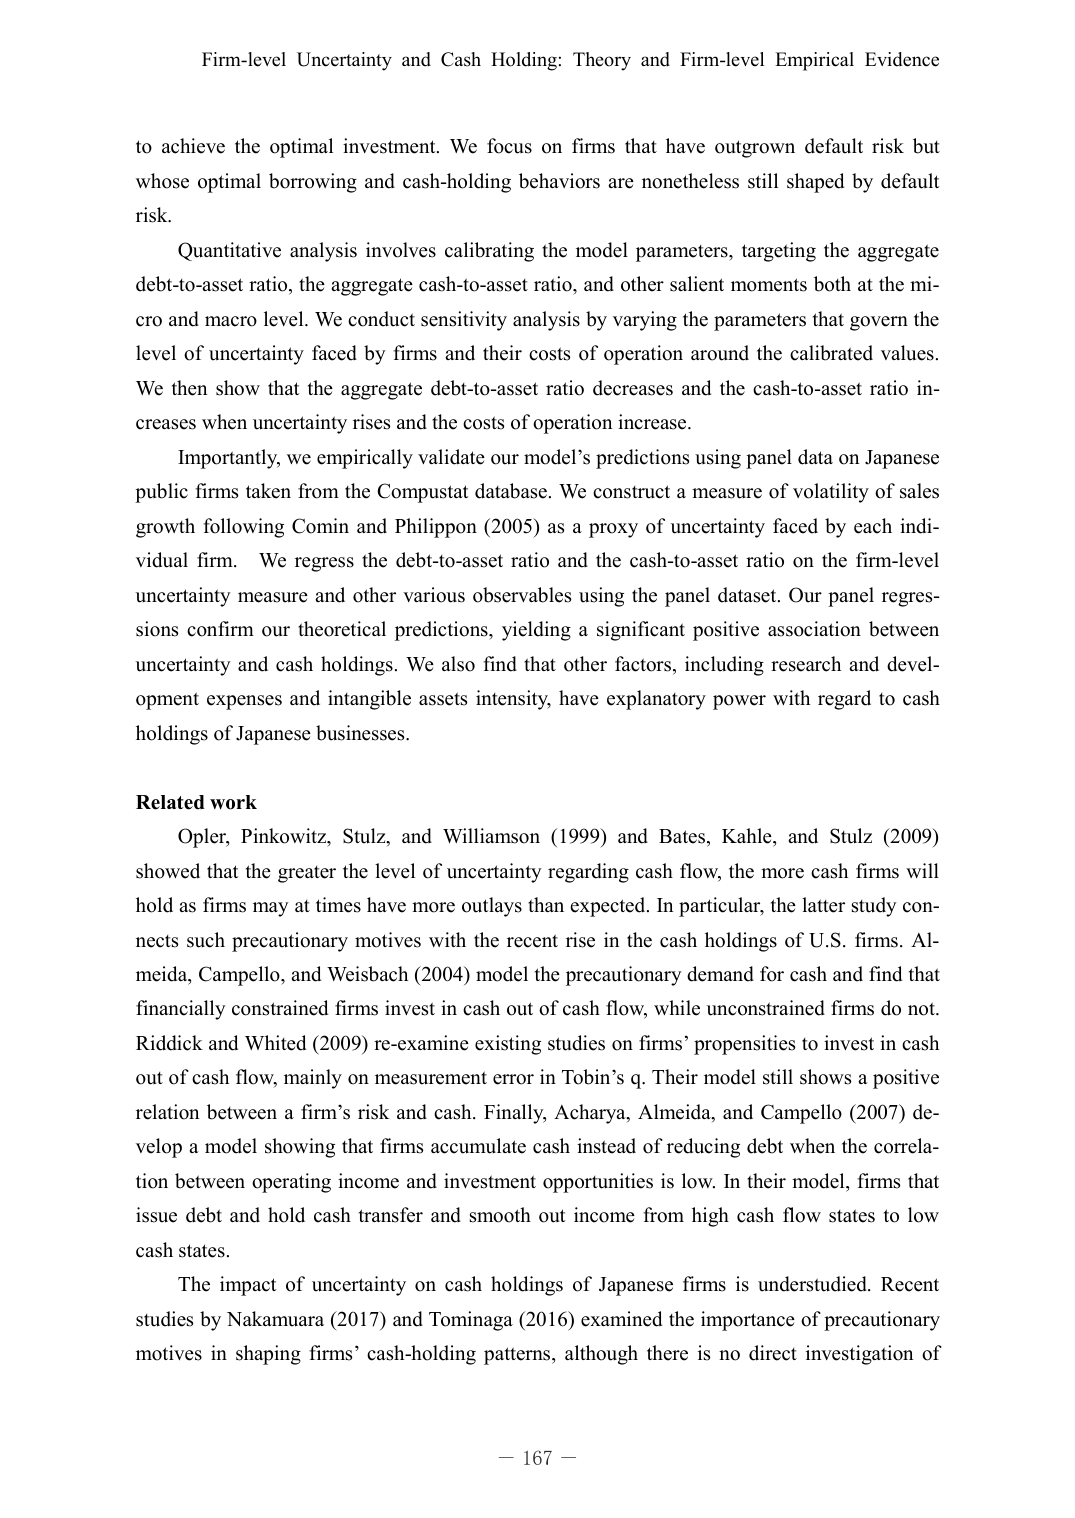
Firm-level Uncertainty and Cash Holding: Theory and Firm-level Empirical Evidence

to achieve the optimal investment. We focus on firms that have outgrown default risk but whose optimal borrowing and cash-holding behaviors are nonetheless still shaped by default risk.

Quantitative analysis involves calibrating the model parameters, targeting the aggregate debt-to-asset ratio, the aggregate cash-to-asset ratio, and other salient moments both at the micro and macro level. We conduct sensitivity analysis by varying the parameters that govern the level of uncertainty faced by firms and their costs of operation around the calibrated values. We then show that the aggregate debt-to-asset ratio decreases and the cash-to-asset ratio increases when uncertainty rises and the costs of operation increase.

Importantly, we empirically validate our model’s predictions using panel data on Japanese public firms taken from the Compustat database. We construct a measure of volatility of sales growth following Comin and Philippon (2005) as a proxy of uncertainty faced by each individual firm. We regress the debt-to-asset ratio and the cash-to-asset ratio on the firm-level uncertainty measure and other various observables using the panel dataset. Our panel regressions confirm our theoretical predictions, yielding a significant positive association between uncertainty and cash holdings. We also find that other factors, including research and development expenses and intangible assets intensity, have explanatory power with regard to cash holdings of Japanese businesses.

Related work

Opler, Pinkowitz, Stulz, and Williamson (1999) and Bates, Kahle, and Stulz (2009) showed that the greater the level of uncertainty regarding cash flow, the more cash firms will hold as firms may at times have more outlays than expected. In particular, the latter study connects such precautionary motives with the recent rise in the cash holdings of U.S. firms. Almeida, Campello, and Weisbach (2004) model the precautionary demand for cash and find that financially constrained firms invest in cash out of cash flow, while unconstrained firms do not. Riddick and Whited (2009) re-examine existing studies on firms’ propensities to invest in cash out of cash flow, mainly on measurement error in Tobin’s q. Their model still shows a positive relation between a firm’s risk and cash. Finally, Acharya, Almeida, and Campello (2007) develop a model showing that firms accumulate cash instead of reducing debt when the correlation between operating income and investment opportunities is low. In their model, firms that issue debt and hold cash transfer and smooth out income from high cash flow states to low cash states.

The impact of uncertainty on cash holdings of Japanese firms is understudied. Recent studies by Nakamuara (2017) and Tominaga (2016) examined the importance of precautionary motives in shaping firms’ cash-holding patterns, although there is no direct investigation of

— 167 —